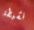
نشيطة